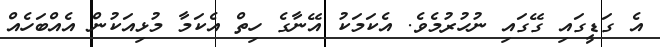
އެ ގަޑީގައި ގޭގައި ނުހުރުމެވެ. އެކަމަކު އޭނާގެ ހިތް އެކަމާ މުޅިއަކުން އެއްބަހެއް